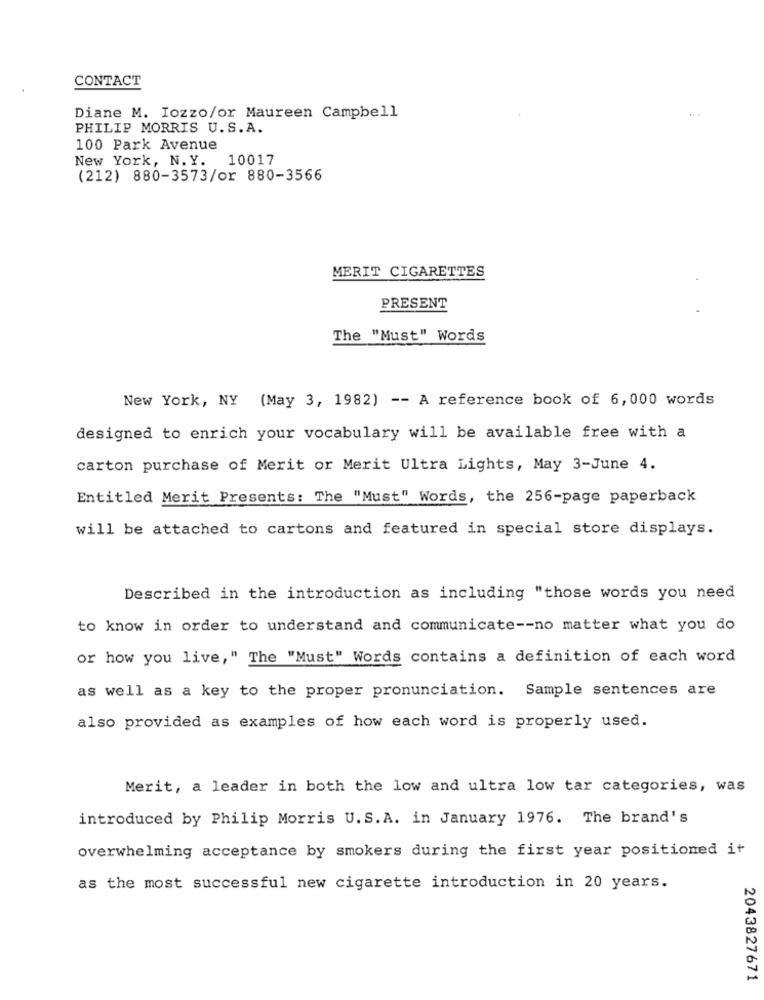
CONTACT
Diane M. Iozzo/or Maureen Campbell
PHILIP MORRIS U.S.A.
100 Park Avenue
New York, N.Y. 10017
(212) 880-3573/or 880-3566
MERIT CIGARETTES
PRESENT
The "Must" Words
New York, NY (May 3, 1982) -- A reference book of 6, 000 words
designed to enrich your vocabulary will be available free with a
carton purchase of Merit or Merit Ultra Lights, May 3-June 4.
Entitled Merit Presents: The "Must" Words, the 256-page paperback
will be attached to cartons and featured in special store displays.
Described in the introduction as including "those words you need
to know in order to understand and communicate -- no matter what you do
or how you live," The "Must" Words contains a definition of each word
as well as a key to the proper pronunciation. Sample sentences are
also provided as examples of how each word is properly used.
Merit, a leader in both the low and ultra low tar categories, was
introduced by Philip Morris U.S. A. in January 1976. The brand's
overwhelming acceptance by smokers during the first year positioned it
as the most successful new cigarette introduction in 20 years.
2043827671